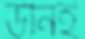
উনিই